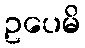
ဥပေမိ